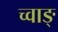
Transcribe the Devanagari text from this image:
च्वाङ्